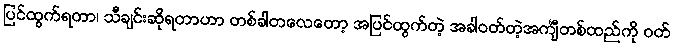
ပြင်ထွက်ရတာ၊ သီချင်းဆိုရတာဟာ တစ်ခါတလေတော့ အပြင်ထွက်တဲ့ အခါဝတ်တဲ့အင်္ကျီတစ်ထည်ကို ဝတ်